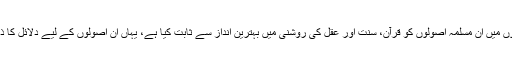
علمائے اسلام نے اپنی کتابوں میں ان مسلمہ اصولوں کو قرآن، سنت اور عقل کی روشنی میں بہترین انداز سے ثابت کیا ہے، یہاں ان اصولوں کے لیے دلائل کا ذکر اختصار کے منافی ہے۔